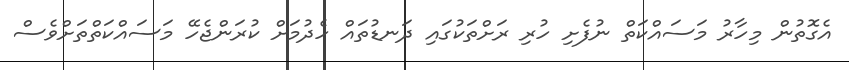
އެގޮތުން މިހާރު މަސައްކަތް ނުފެށި ހުރި ރަށްތަކުގައި ދަނޑުތައް ހެދުމަށް ކުރަންޖެހޭ މަސައްކަތްތަށްވެސް